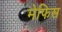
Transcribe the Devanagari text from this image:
मेफिस